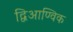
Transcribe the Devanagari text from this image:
द्विआण्विक